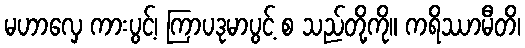
မဟာလှေ ကားပွင့်၊ ကြာပဒုမာပွင့် စ သည်တို့ကို။ ကရိဿာမီတိ၊